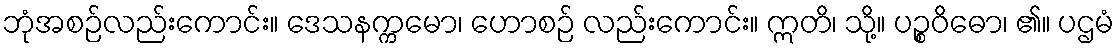
ဘုံအစဉ်လည်းကောင်း။ ဒေသနက္ကမော၊ ဟောစဉ် လည်းကောင်း။ ဣတိ၊ သို့။ ပဉ္စဝိဓော၊ ၏။ ပဌမံ